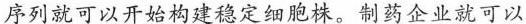
序列就可以开始构建稳定细胞株。制药企业就可以